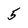
Character: 5